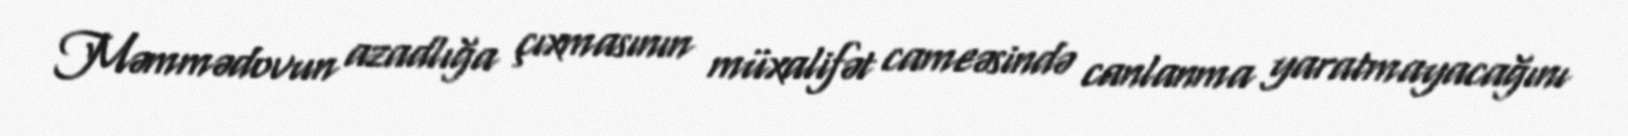
Məmmədovun azadlığa çıxmasının müxalifət cameəsində canlanma yaratmayacağını